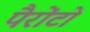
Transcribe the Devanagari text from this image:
पैरोंटो